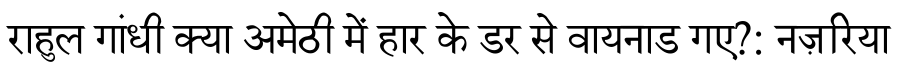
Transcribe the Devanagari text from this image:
राहुल गांधी क्या अमेठी में हार के डर से वायनाड गए?: नज़रिया